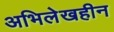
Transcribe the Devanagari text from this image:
अभिलेखहीन